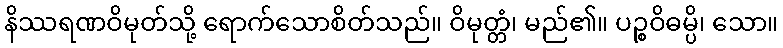
နိဿရဏဝိမုတ်သို့ ရောက်သောစိတ်သည်။ ဝိမုတ္တံ၊ မည်၏။ ပဉ္စဝိဓမ္ပိ၊ သော။